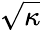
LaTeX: \sqrt{\kappa}